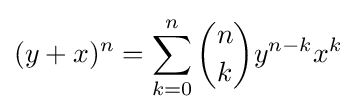
(y+x)^{n}=\sum _{k=0}^{n}{n \choose k}y^{n-k}x^{k}